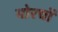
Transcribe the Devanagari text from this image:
मोरचों